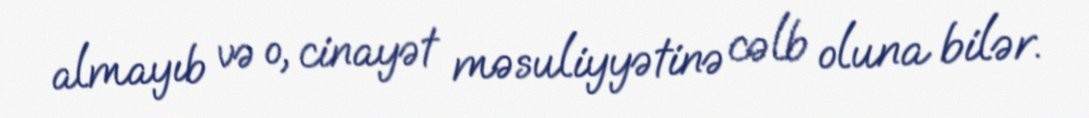
almayıb və o, cinayət məsuliyyətinə cəlb oluna bilər.